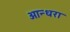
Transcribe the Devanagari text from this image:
आन्धरा